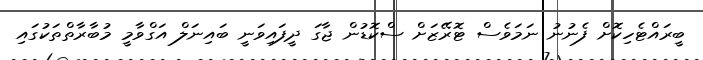
ބީރައްޓެހިކޮށް ފެނުނު ނަމަވެސް ޓޮރޭޒަށް ސްކޮޑުން ޖާގަ ދީފައިވަނީ ބައިނަލް އަގްވާމީ މުބާރާތްތަކުގައި